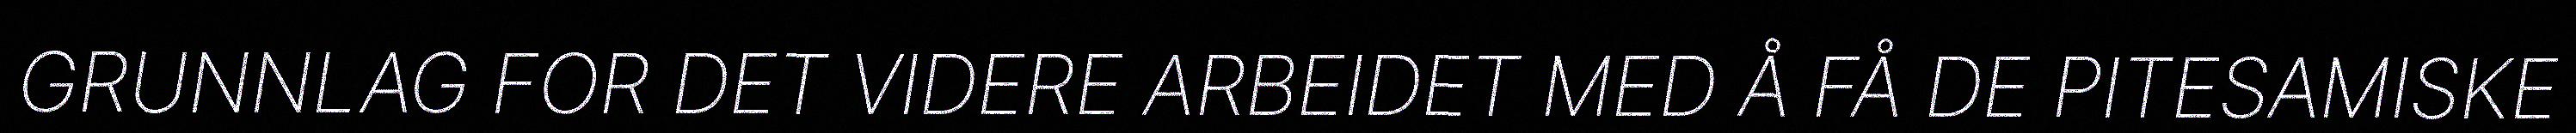
GRUNNLAG FOR DET VIDERE ARBEIDET MED Å FÅ DE PITESAMISKE